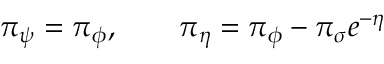
{ \pi } _ { \psi } = { \pi } _ { \phi } , \qquad { \pi } _ { \eta } = { \pi } _ { \phi } - { \pi } _ { \sigma } e ^ { - \eta }